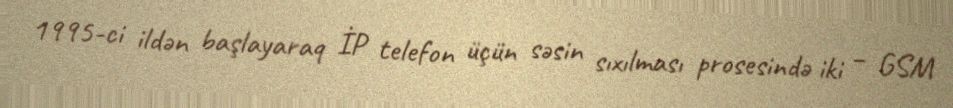
1995-ci ildən başlayaraq İP telefon üçün səsin sıxılması prosesində iki – GSM